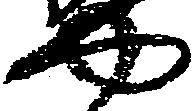
や